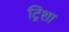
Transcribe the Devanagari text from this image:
ट्रिशा